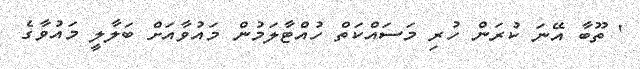
' ތޫބާ އޭނަ ކުރަން ހުރި މަސައްކަތް ހުއްޓާލަމުން މައުވާއަށް ބަލާލީ މައުވާގެ